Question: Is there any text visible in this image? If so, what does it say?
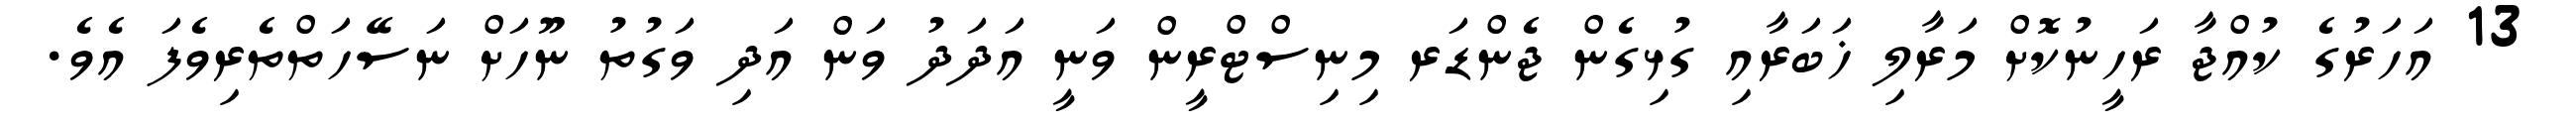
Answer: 13 އަހަރުގެ ކުއްޖާ ރަހީނުކޮށް މަރާލި ޚަބަރާއި ގުޅިގެން ޖެންޑަރ މިނިސްޓްރީން ވަނީ އަދަދު ވަން އަދި ވަގުތު ނޫހަށް ނަސޭހަތްތެރިވެފަ އެވެ.